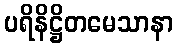
ပရိနိဋ္ဌိတမေသာနာ